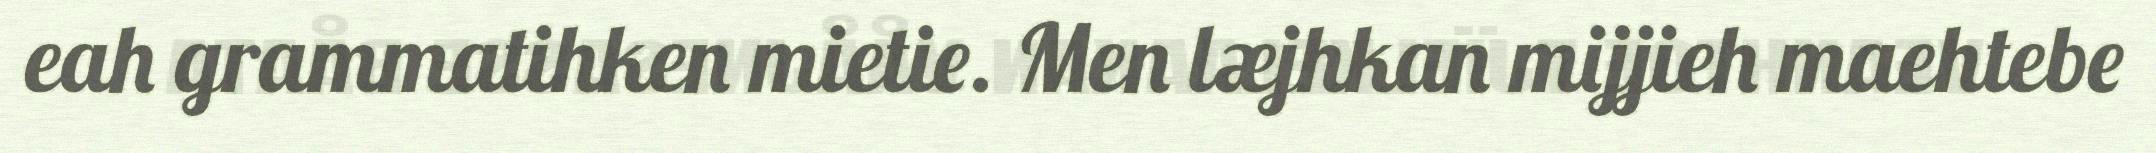
eah grammatihken mietie. Men læjhkan mijjieh maehtebe